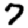
Digit: 7